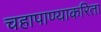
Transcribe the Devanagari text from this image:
चहापाण्याकरिता